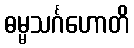
ဓမ္မသင်္ဂဟောတိ